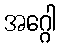
အဂ္ဂေါ